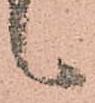
候